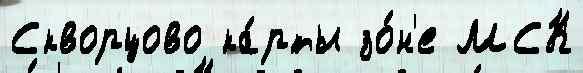
Скворцово ка́рты зо́н'е МСК